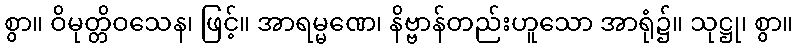
စွာ။ ဝိမုတ္တိဝသေန၊ ဖြင့်။ အာရမ္မဏေ၊ နိဗ္ဗာန်တည်းဟူသော အာရုံ၌။ သုဋ္ဌု၊ စွာ။